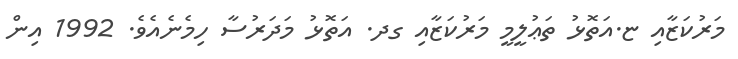
މަރުކަޒާއި ޏ.އަތޮޅު ތަޢުލީމީ މަރުކަޒާއި ގދ. އަތޮޅު މަދަރުސާ ހިމެނެއެވެ. 1992 އިން